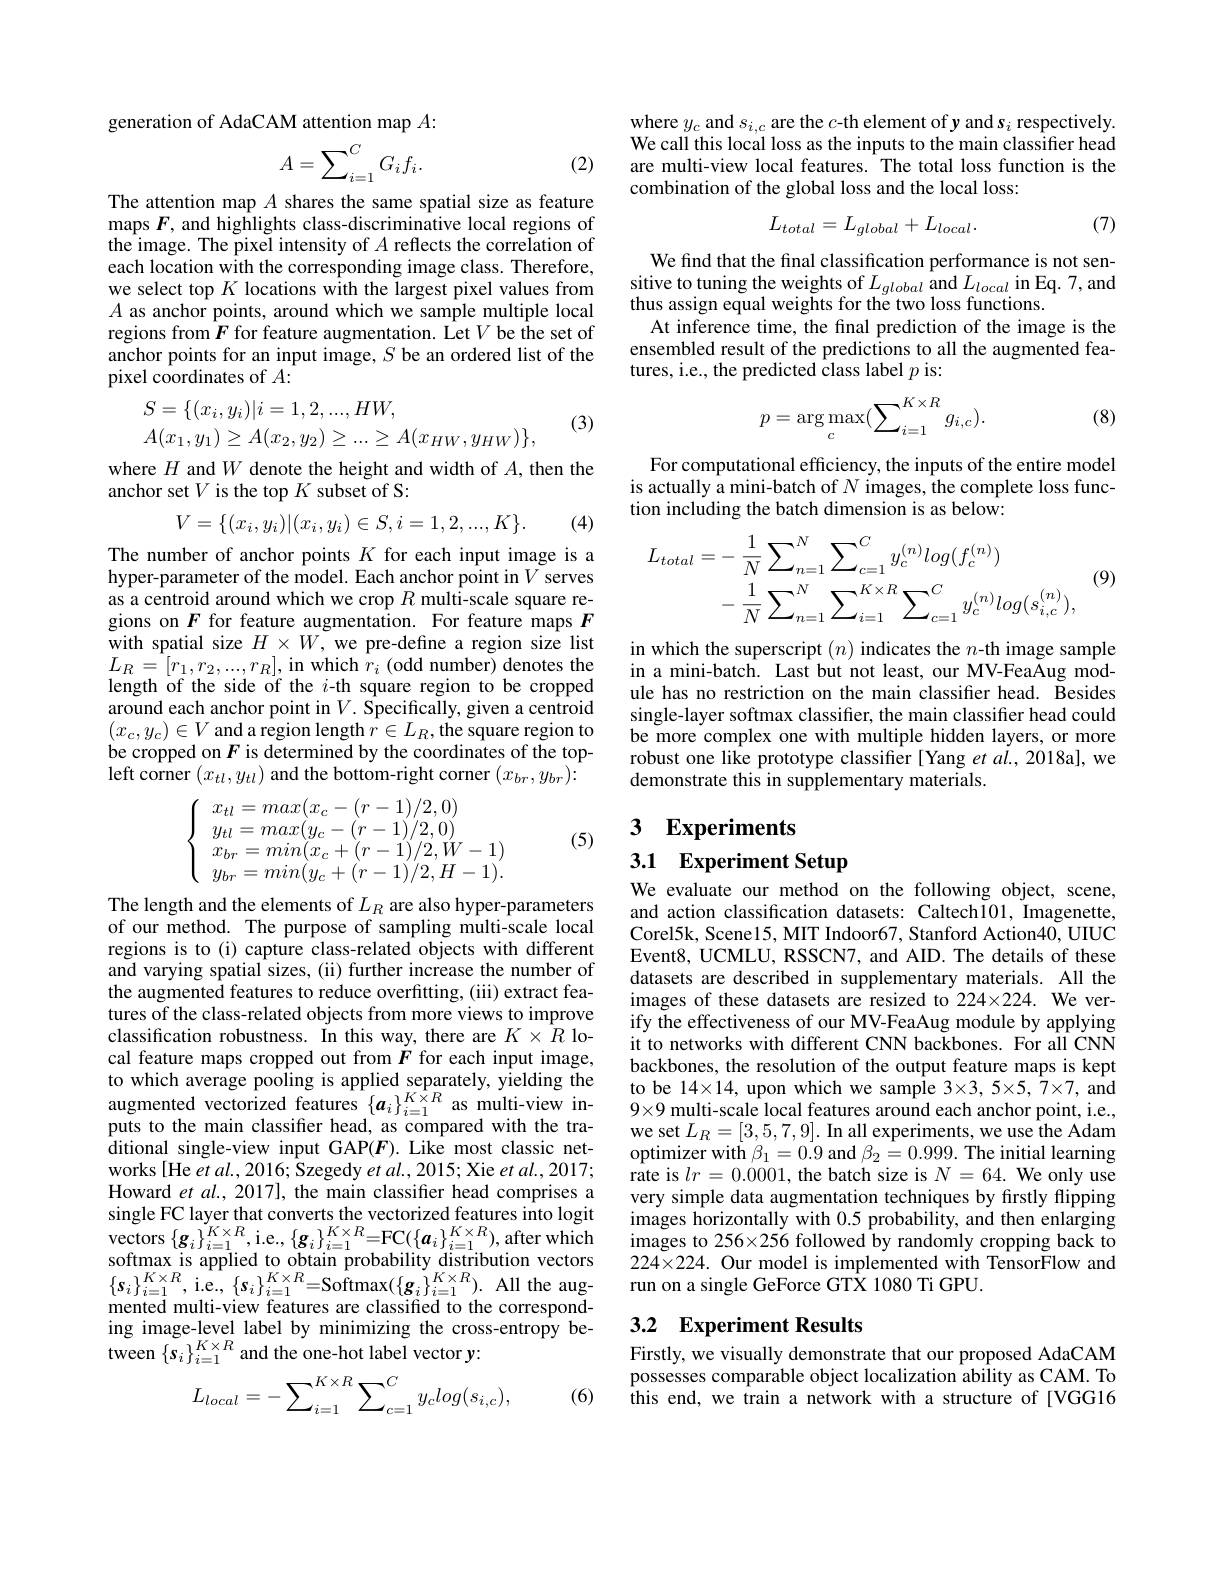
generation of AdaCAM attention map $A:$
$$A=\sum_{i=1}^CG_if_i.$$
(2)

The attention map $A$ shares the same spatial size as feature maps $F$, and highlights class-discriminative local regions of the image. The pixel intensity of $A$ reflects the correlation of each location with the corresponding image class. Therefore, we select top $K$ locations with the largest pixel values from $A$ as anchor points, around which we sample multiple local regions from $\hat{F}$ for feature augmentation. Let $V$be the set of anchor points for an input image, $S$ be an ordered list of the pixel coordinates of $A{:}$

(3)
$$\begin{array}{l}S=\{(x_i,y_i)|i=1,2,...,HW,\\A(x_1,y_1)\geq A(x_2,y_2)\geq...\geq A(x_{HW},y_{HW})\},\end{array}$$
where $H$ and $W$ denote the height and width of $A$,then the
anchor set $V$ is the top $K$ subset of S:
$$V=\{(x_i,y_i)|(x_i,y_i)\in S,i=1,2,...,K\}.$$
(4)

The number of anchor points $K$ for each input image is a hyper-parameter of the model. Each anchor point in $V$ serves as a centroid around which we crop $R$ multi-scale square regions on $F$ for feature augmentation. For feature maps $F$ with spatial size $H\times W$, we pre-define a region size list $L_{R}=[r_{1},r_{2},...,r_{R}]$,in which $\hat{r}_{i}$(odd number) denotes the length of the side of the $i$-th square region to be cropped around each anchor point in $V.$ Specifically, given a centroid $(x_{c},y_{c})\in V$ and a region length $\hat{r}\in L_R$,the square region to be cropped on $F$ is determined by the coordinates of the top- ${\mathrm{left~corner~}}(x_{tl},y_{tl}){\mathrm{~and~the~bottom-right~corner~}}(x_{br},y_{br}){:}$
$$\left\{\begin{array}{ll}x_{tl}=max(x_c-(r-1)/2,0)\\y_{tl}=max(y_c-(r-1)/2,0)\\x_{br}=min(x_c+(r-1)/2,W-1)\\y_{br}=min(y_c+(r-1)/2,H-1).\end{array}\right.$$
(5)

The length and the elements of $L_R$ are also hyper-parameters of our method. The purpose of sampling multi-scale local regions is to (i) capture class-related objects with different and varying spatial sizes, (ii) further increase the number of the augmented features to reduce overfitting, (iii) extract features of the class-related objects from more views to improve classification robustness. In this way, there are $K\times R$ local feature maps cropped out from $\dot{F}$ for each input image, to which average pooling is applied separately, yielding the augmented vectorized features $\{\boldsymbol a_{i}\}_{i=1}^{K\times R}$ as multi-view inputs to the main classifier head, as compared with the traditional single-view input GAP(F). Like most classic networks [He et al., 2016; Szegedy et al., 2015; Xie et al., 2017; Howard et $al.$, 2017], the main classifer head comprises a single FC layer that converts the vectorized features into logit $\mathop{\mathrm{vectors~}}\{\boldsymbol{g}_{i}\}_{i=1}^{K\times R},\mathop{\mathrm{i.e.,~}}\{\boldsymbol{g}_{i}\}_{i=1}^{K\times R}=\mathop{\mathrm{FC}}(\{\boldsymbol{a}_{i}\}_{i=1}^{K\times R}),\mathop{\mathrm{after~which}}$ softmax is applied to obtain probability distribution vectors $\{\boldsymbol{s}_{i}\}_{i=1}^{K\times R}$,i.e$,\{\boldsymbol s_{i}\}_{i=1}^{K\times R}=$Softmax$(\{\boldsymbol g_{i}\}_{i=1}^{K\times R}).$All the augmented multi-view features are classified to the corresponding image-level label by minimizing the cross-entropy between $\{s_{i}\}_{i=1}^{K\times R}$ and the one-hot label vector y:
$$L_{local}=-\sum_{i=1}^{K\times R}\sum_{c=1}^{C}y_{c}log(s_{i,c}),$$
(6)

where $y_c$ and $s_i,c$ are the $c$-th element of y and $s_i$ respectively. We call this local loss as the inputs to the main classiffer head are multi-view local features. The total loss function is the combination of the global loss and the local loss:
$$L_{total}=L_{global}+L_{local}.$$
(7)

We find that the final classification performance is not sensitive to tuning the weights of $L_{global}$ and $L_{local}$ in Eq. 7, and thus assign equal weights for the two loss functions.
At inference time, the final prediction of the image is the ensembled result of the predictions to all the augmented features, i.e., the predicted class label $p$ is:
$$p=\arg\max_{c}(\sum_{i=1}^{K\times R}g_{i,c}).$$
(8)

For computational efficiency, the inputs of the entire model is actually a mini-batch of $N$ images, the complete loss function including the batch dimension is as below:

(9)
$$\begin{aligned}L_{total}&=-\:\frac{1}{N}\sum_{n=1}^{N}\sum_{c=1}^{C}y_{c}^{(n)}log(f_{c}^{(n)})\\&-\:\frac{1}{N}\sum_{n=1}^{N}\sum_{i=1}^{K\times R}\sum_{c=1}^{C}y_{c}^{(n)}log(s_{i,c}^{(n)}),\end{aligned}$$
in which the superscript $(n)$ indicates the $n$-th image sample in a mini-batch. Last but not least, our MV-FeaAug module has no restriction on the main classifier head. Besides single-layer softmax classifer, the main classifier head could be more complex one with multiple hidden layers, or more robust one like prototype classifier [Yang et al., 2018a], we demonstrate this in supplementary materials.

# 3 $\textbf{Experiments}$

3.1 Experiment Setup

We evaluate our method on the following object, scene, and action classification datasets: Caltech101, Imagenette, Corel5k, Scene15, MIT Indoor67, Stanford Action40, UIUC Event8, UCMLU, RSSCN7, and AID. The details of these datasets are described in supplementary materials. All the images of these datasets are resized to 224×224. We verify the effectiveness of our MV-FeaAug module by applying it to networks with different CNN backbones. For all CNN backbones, the resolution of the output feature maps is kept to be 14×14, upon which we sample 3×3, 5×5, 7×7, and $9\times9$ multi-scale local features around each anchor point, i.e., we set $L_R=[3,5,7,9].$ In all experiments, we use the Adam optimizer with $\beta_1=0.9$ and $\beta_2=0.999.$ The initial learning rate is $lr=0.0001$, the batch size is $N=64.$ We only use very simple data augmentation techniques by firstly flipping images horizontally with 0.5 probability, and then enlarging images to 256×256 followed by randomly cropping back to $224\times224.$ Our model is implemented with TensorFlow and run on a single GeForce GTX 1080 Ti GPU.

## 3.2 Experiment Results

Firstly, we visually demonstrate that our proposed AdaCAM possesses comparable object localization ability as CAM. To this end, we train a network with a structure of [VGG16